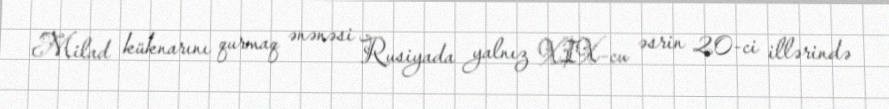
Milad küknarını qurmaq ənənəsi Rusiyada yalnız XIX-cu əsrin 20-ci illərində